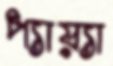
প্যায়্যা